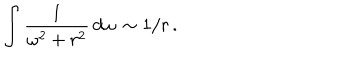
LaTeX: \int \frac { 1 } { \omega ^ { 2 } + r ^ { 2 } } \, d \omega \, \sim 1 / r \, .